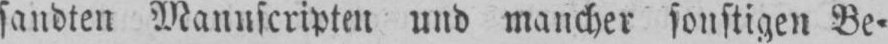
sandten Manuscripten und mancher sonstigen Be⸗